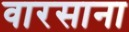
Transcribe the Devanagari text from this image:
वारसाना